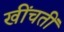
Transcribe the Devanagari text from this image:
खींचतीं